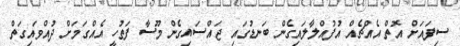
ސިފައަށް އޮތް އެއްޗެއް އުފުއްލާލައިގެން ބަނޑުގައި ޖައްސައިގެން މޫސާ ފަތުހީ އެއްގަމަށް ދުއްވައިގަތް